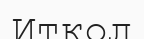
Иткол